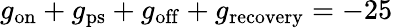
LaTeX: g_{\mathrm{on}}+g_{\mathrm{ps}}+g_{\mathrm{off}}+g_{\mathrm{recovery}}=-25